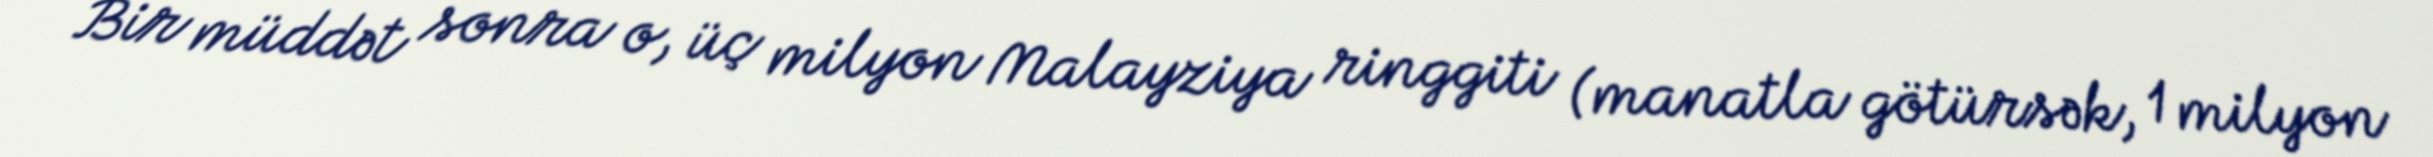
Bir müddət sonra o, üç milyon Malayziya ringgiti (manatla götürsək, 1 milyon